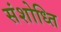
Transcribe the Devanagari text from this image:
संशोध्ति